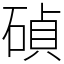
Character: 碵